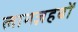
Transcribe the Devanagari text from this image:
लामज़हबों